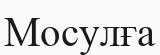
Мосулға